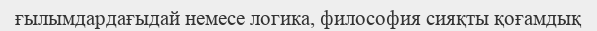
ғылымдардағыдай немесе логика, философия сияқты қоғамдық